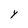
Character: Y